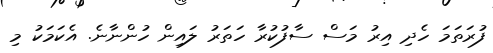
ފުރަތަމަ ހެދި އިރު މަސް ސާފުކުރާ ހަތަރު ލައިން ހުންނާނެ. އެކަމަކު މި